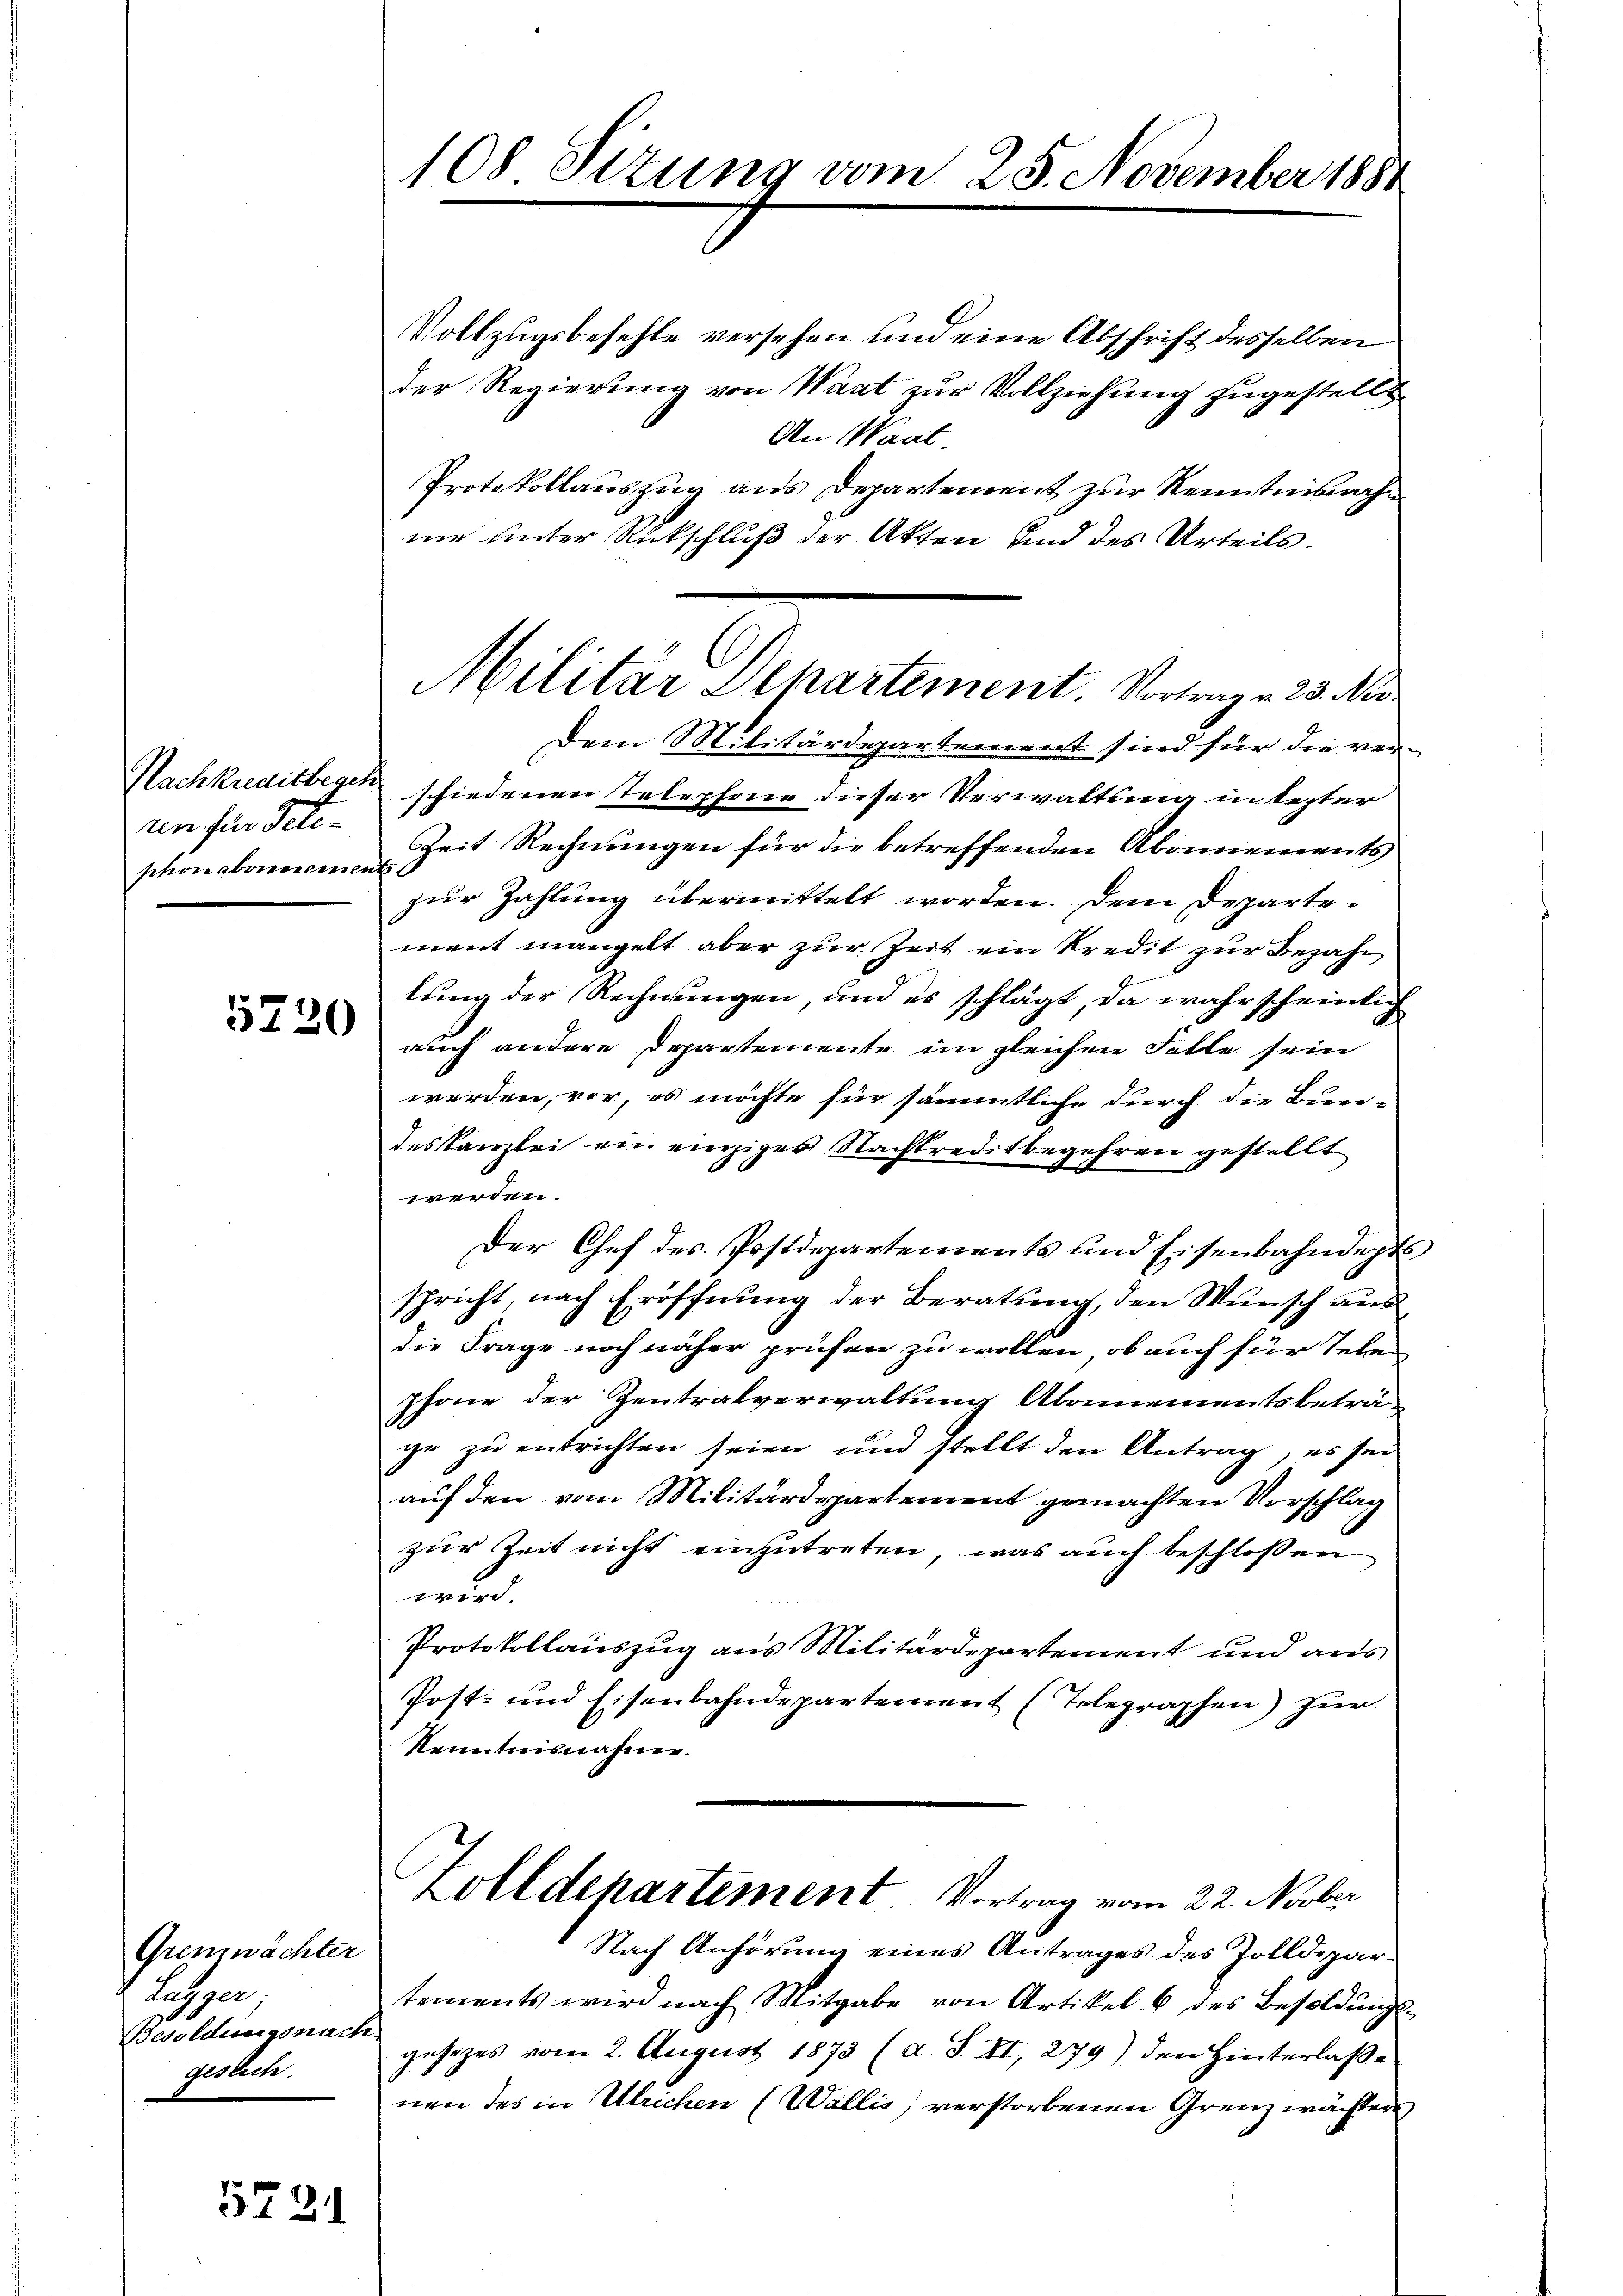
un für Peten
phonabonereinen

5720

Gremwächter
e
Besoldungsnach
geslich.

572

108 Sitzung vom 25. November 1881

Vollzugsbefehle versehen und eine Abschrift desselben
der Regierung von Waat zur Vollziehung zugestellt
An Waat.
Protokollauszug aus Departement zur Kenntnisnahnie unter Rückschluß der Akten und des Urteils¬
Dem Militärdepartement sind für die ver-
Nachkreditbenenschiedenen Telephone dieser Verwaltung in lezter
Zeit Rechnungen für die betreffenden Abonnements
zur Zahlung übermittelt worden. Dem Departement mangelt aber zur Zeit ein Kredit zur Bezahl
lung der Rechnungen, und es schlägt, da wahrscheinlich
auch andere Departemente im gleichen Falle sein
werden, vor, es möchte für sämmtliche durch die Bun-
deskanzlei ein einziges Nachtreditbegehren gestellt
werden.
Der Chef des Postdepartements und Eisenbahndepts
spricht, nach Eröffnung der Beratung, den Wunsch aus
die Frage noch näher prüfen zu wollen, ob auch für Tele
shone der Zentralverwaltung Abonnementsbeträ-
ge zu entrichten seien und stellt den Antrag, es sei
auf den vom Militärdepartement gemachten Vorschlag
zur Zeit nicht einzutreten, was auch beschlossen
wird.
Protokollauszug aus Militärdepartement und aus
Post- und Eisenbahndepartement (Telegraphen) zur
Kenntnisnahmen.
Holldepartement Vortrag vom 22. Novber
Nach Anhörung eines Antrages des Zolldepartements wird nach Mitgabe von Artikel. 6 des Besoldungsgesezes vom 2. August 1873 (d. S. II, 279) den Hinterlaße
nen des in Ulrichen (Wallis, verstorbenen Grenz wächten,

Militar Departement. Vortrag v. 23. Nor